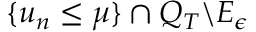
\{ u _ { n } \leq \mu \} \cap Q _ { T } \backslash E _ { \epsilon }